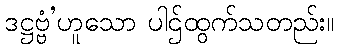
ဒဋ္ဌဗ္ဗံ’ဟူသော ပါဌ်ထွက်သတည်း။